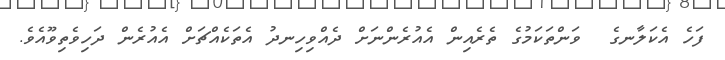
ފަހެ އެކަލާނގެ  ވަންތަކަމުގެ ތެރެއިން އެއުރެންނަށް ދެއްވިހިނދު އެތަކެއްޗަށް އެއުރެން ދަހިވެތިވޫއެވެ.